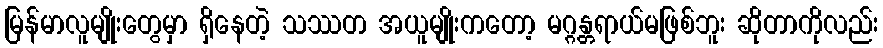
မြန်မာလူမျိုးတွေမှာ ရှိနေတဲ့ သဿတ အယူမျိုးကတော့ မဂ္ဂန္တရာယ်မဖြစ်ဘူး ဆိုတာကိုလည်း